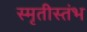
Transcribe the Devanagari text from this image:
स्मृतीस्तंभ